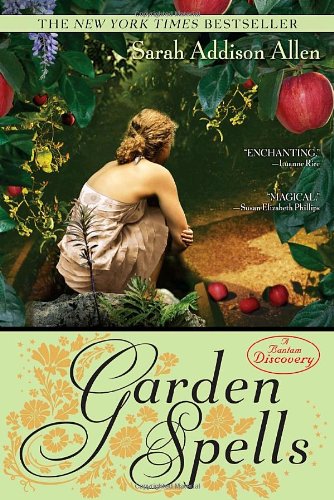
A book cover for Garden Spells (Bantam Discovery); Sarah Addison Allen; Literature & Fiction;